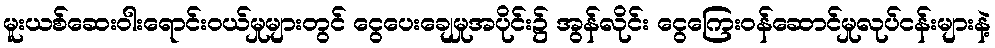
မူးယစ်ဆေးဝါးရောင်းဝယ်မှုများတွင် ငွေပေးချေမှုအပိုင်း၌ အွန်လိုင်း ငွေကြေးဝန်ဆောင်မှုလုပ်ငန်းများနဲ့